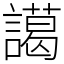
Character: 譪